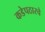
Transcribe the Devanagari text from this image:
कडेपठारचे